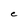
Character: C